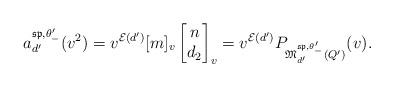
LaTeX: \begin{align*}a^{\mathfrak{sp}, \theta_-^{\prime} }_{d^{\prime}} (v^2)= v^{\mathcal{E}(d^{\prime})} [m]_v \left[ \begin{matrix} n \\ d_2 \end{matrix} \right]_v = v^{\mathcal{E}(d^{\prime})} P_{\mathfrak{M}_{d^{\prime}}^{\mathfrak{sp}, \theta^{\prime}_- }(Q^{\prime})}(v).\end{align*}